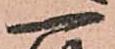
一